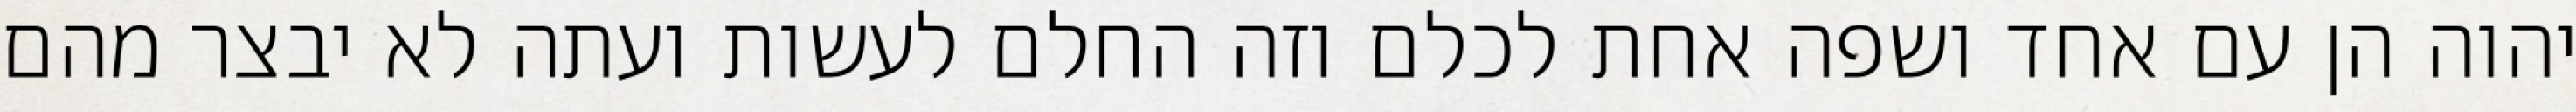
יהוה הן עם אחד ושפה אחת לכלם וזה החלם לעשות ועתה לא יבצר מהם